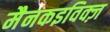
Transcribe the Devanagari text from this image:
मैनकइविक्ज़